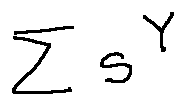
\sum s ^ { Y }